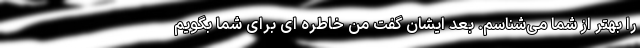
را بهتر از شما می‌شناسم. بعد ایشان گفت من خاطره ای برای شما بگویم